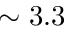
\sim 3 . 3